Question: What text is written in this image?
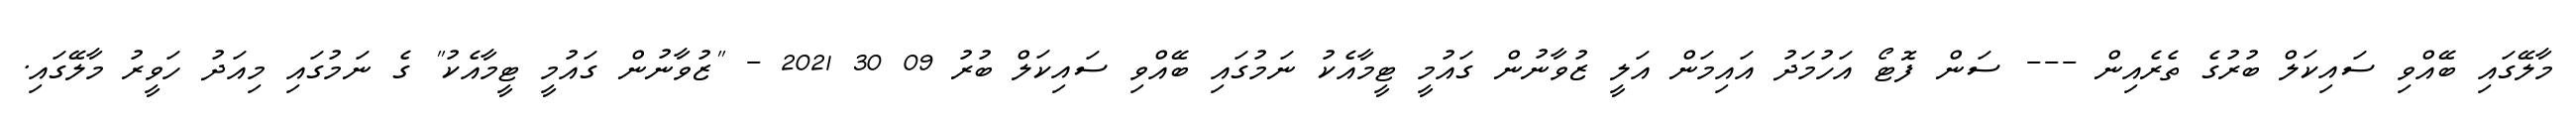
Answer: މާލޭގައި ބޭއްވި ސައިކަލް ބުރުގެ ތެރެއިން --- ސަން ފޮޓޯ އަހުމަދު އައިމަން އަލީ ޒުވާނުން ގައުމީ ޓީމާއެކު ނަމުގައި ބޭއްވި ސައިކަލް ބުރު 09 30 2021 - "ޒުވާނުން ގައުމީ ޓީމާއެކު" ގެ ނަމުގައި މިއަދު ހަވީރު މާލޭގައި.